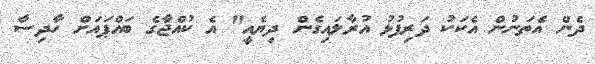
ދެން އެތަނުން އެކަކު ދަރިފުޅު އުރާލައިގެން ދިޔެއީ" އެ ކުއްޖާގެ ބައްޕައަށް ހާދިސާ